Civil Veterinary Dept. Bombay admin report 1900-1906 - 1900-1906
Year: 1900
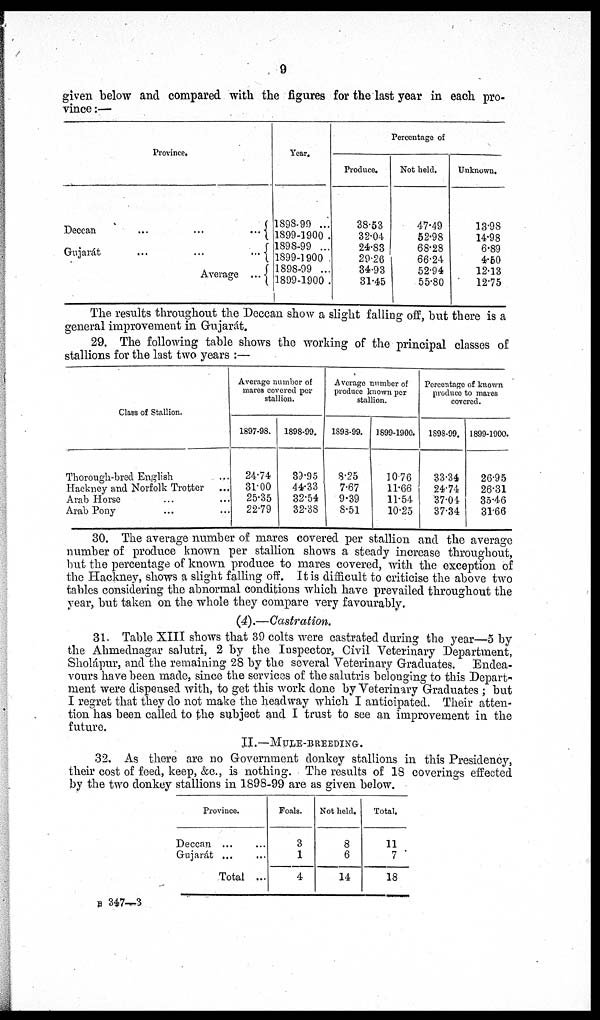
9
given below and compared with the figures for the last year in each pro-
vince:—
Province.
Deccan ... ... ...
Gujarát ... ... ....
Average ...
Year.
1898-99 ...
1899-1900
1898-99 ...
1899-1900
1898-99 ...
1899-1900
Percentage of
Produce.
38.53
32.04
24.83
29.26
34.93
31.45
Not held.
47.49
52.98
68.28
66.24
52.94
55.80
Unknown.
13.98
14.98
6.89
4.50
12.13
12.75
The results throughout the Deccan show a slight falling off, but there is a
general improvement in Grujarát.
29. The following table shows the working of the principal classes of
stallions for the last two years:—
Class of Stallion.
Thorough-bred English ...
Hackney and Norfolk Trotter ...
Arab Horse ... ...
Arab Pony ... ...
Average number of
mares covered per
stallion.
1897-98.
24.74
31.00
25.35
22.79
1898-99.
39.95
44.33
32.54
32.38
Average number of
produce known per
stallion.
1893-99.
8.25
7.67
9.39
8.51
1899-1900.
10 76
11.66
11.54
10.25
Percentage of known
produce to mares
covered.
1898-99.
33.34
24.74
37.04
37.34
1899-1900.
26.95
26.31
35.46
31'66
30. The average number of mares covered per stallion and the average
number of produce known per stallion shows a steady increase throughout,
but the percentage of known produce to mares covered, with the exception of
the Hackney, shows a slight falling off. It is difficult to criticise the above two
tables considering the abnormal conditions which have prevailed throughout the
year, but taken on the whole they compare very favourably.
(4).—Castration.
31. Table XIII shows that 39 colts were castrated during the year—5 by
the Ahmednagar salutri, 2 by the Inspector, Civil Veterinary Department,
Sholápur, and the remaining 28 by the several Veterinary Graduates. Endea-
vours have been made, since the services of the salutris belonging to this Depart-
ment were dispensed with, to get this work done by Veterinary Graduates; but
I regret that they do not make the headway which I anticipated. Their atten-
tion has been called to the subject and I trust to see an improvement in the
future.
II.—MULE-BREEDING.
32. As there are no Government donkey stallions in this Presidency,
their cost of feed, keep, &c., is nothing. The results of 18 coverings effected
by the two donkey stallions in 1898-99 are as given below.
Province.
Deccan ... ...
Gujarat ... ...
Total ...
Foals.
3
1
4
Not held.
8
6
14
Total.
11
7
18
B 347—3